Insane asylums Bombay 1873-77 - 1873-1877
Year: 1873
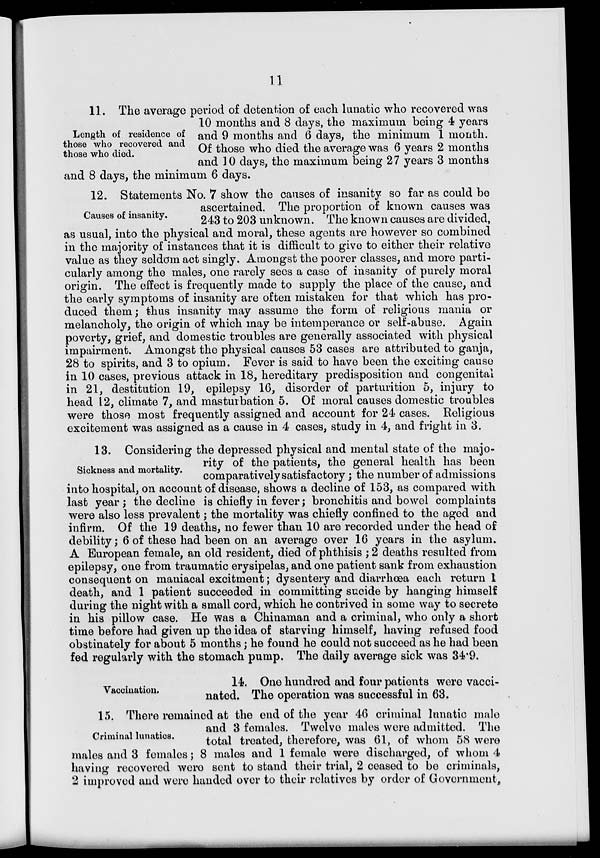
11
Length of residence of
those who recovered and
those who died.
11. The average period of detention of each lunatic who recovered was
10 months and 8 days, the maximum being 4 years
and 9 months and 6 days, the minimum 1 month.
Of those who died the average was 6 years 2 months
and 10 days, the maximum being 27 years 3 months
and 8 days, the minimum 6 days.
Causes of insanity.
12. Statements No. 7 show the causes of insanity so far as could be
ascertained. The proportion of known causes was
243 to 203 unknown. The known causes are divided,
as usual, into the physical and moral, these agents are however so combined
in the majority of instances that it is difficult to give to either their relative
value as they seldom act singly. Amongst the poorer classes, and more parti-
cularly among the males, one rarely sees a case of insanity of purely moral
origin. The effect is frequently made to supply the place of the cause, and
the early symptoms of insanity are often mistaken for that which has pro-
duced them; thus insanity may assume the form of religious mania or
melancholy, the origin of which may be intemperance or self-abuse. Again
poverty, grief, and domestic troubles are generally associated with physical
impairment. Amongst the physical causes 53 cases are attributed to ganja,
28 to spirits, and 3 to opium. Fever is said to have been the exciting cause
in 10 cases, previous attack in 18, hereditary predisposition and congenital
in 21, destitution 19, epilepsy 16, disorder of parturition 5, injury to
head 12, climate 7, and masturbation 5. Of moral causes domestic troubles
were those most frequently assigned and account for 24 cases. Religious
excitement was assigned as a cause in 4 cases, study in 4, and fright in 3.
Sickness and mortality.
13. Considering the depressed physical and mental state of the majo-
rity of the patients, the general health has been
comparatively satisfactory; the number of admissions
into hospital, on account of disease, shows a decline of 153, as compared with
last year ; the decline is chiefly in fever ; bronchitis and bowel complaints
were also less prevalent; the mortality was chiefly confined to the aged and
infirm. Of the 19 deaths, no fewer than 10 are recorded under the head of
debility; 6 of these had been on an average over 16 years in the asylum.
A European female, an old resident, died of phthisis ; 2 deaths resulted from
epilepsy, one from traumatic erysipelas, and one patient sank from exhaustion
consequent on maniacal excitment; dysentery and diarrhœa each return 1
death, and 1 patient succeeded in committing sucide by hanging himself
during the night with a small cord, which he contrived in some way to secrete
in his pillow case. He was a Chinaman and a criminal, who only a short
time before had given up the idea of starving himself, having refused food
obstinately for about 5 months; he found he could not succeed as he had been
fed regularly with the stomach pump. The daily average sick was 34.9.
Vaccination.
14. One hundred and four patients were vacci-
nated. The operation was successful in 63.
Criminal lunatics.
15. There remained at the end of the year 46 criminal lunatic male
and 3 females. Twelve males were admitted. The
total treated, therefore, was 61, of whom 58 were
males and 3 females ; 8 males and 1 female were discharged, of whom 4
having recovered were sent to stand their trial, 2 ceased to be criminals,
2 improved and were handed over to their relatives by order of Government.